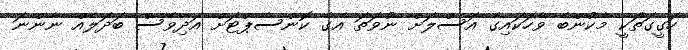
ހަގީގަތަކީ މާކުންބެ ވާހަކައިގެ އަސްލަށް ނުވަތަ އޭގެ ކޮންސެޕްޓަށް އަދިވެސް ބަދަލެއް ނާންނަ